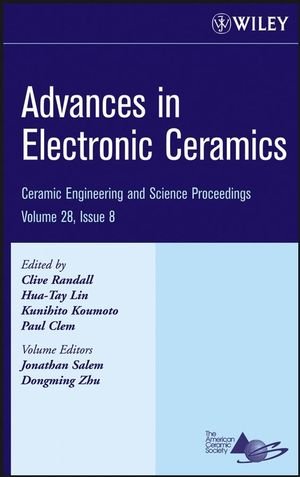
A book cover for Advances in Electronic Ceramics: Ceramic Engineering and Science Proceedings, Volume 28, Issue 8; Engineering & Transportation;